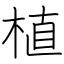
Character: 植